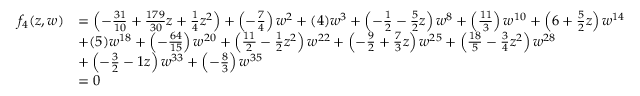
\begin{array} { r l } { f _ { 4 } ( z , w ) } & { = \left( - \frac { 3 1 } { 1 0 } + \frac { 1 7 9 } { 3 0 } z + \frac { 1 } { 4 } z ^ { 2 } \right) + \left( - \frac { 7 } { 4 } \right) w ^ { 2 } + ( 4 ) w ^ { 3 } + \left( - \frac { 1 } { 2 } - \frac { 5 } { 2 } z \right) w ^ { 8 } + \left( \frac { 1 1 } { 3 } \right) w ^ { 1 0 } + \left( 6 + \frac { 5 } { 2 } z \right) w ^ { 1 4 } } \\ & { + ( 5 ) w ^ { 1 8 } + \left( - \frac { 6 4 } { 1 5 } \right) w ^ { 2 0 } + \left( \frac { 1 1 } { 2 } - \frac { 1 } { 2 } z ^ { 2 } \right) w ^ { 2 2 } + \left( - \frac { 9 } { 2 } + \frac { 7 } { 3 } z \right) w ^ { 2 5 } + \left( \frac { 1 8 } { 5 } - \frac { 3 } { 4 } z ^ { 2 } \right) w ^ { 2 8 } } \\ & { + \left( - \frac { 3 } { 2 } - 1 z \right) w ^ { 3 3 } + \left( - \frac { 8 } { 3 } \right) w ^ { 3 5 } } \\ & { = 0 } \end{array}